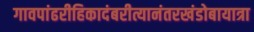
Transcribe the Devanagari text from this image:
गावपांढरीहिकादंबरीत्यानंतरखंडोबायात्रा